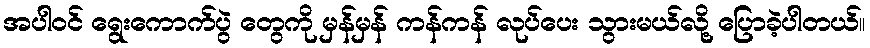
အပါဝင် ရွေးကောက်ပွဲ တွေကို မှန်မှန် ကန်ကန် လုပ်ပေး သွားမယ်လို့ ပြောခဲ့ပါတယ်။